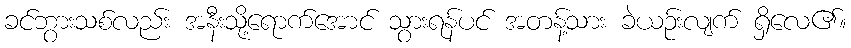
ခင်ဘွားသစ်လည်း အနီးသို့ရောက်အောင် သွားရန်ပင် အတန့်သား ခဲယဉ်းလျက် ရှိလေ၏။